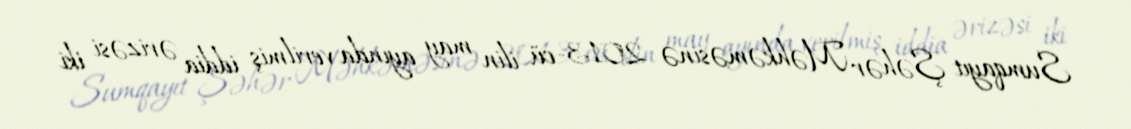
Sumqayıt Şəhər Məhkəməsinə 2013-cü ilin may ayında verilmiş iddia ərizəsi iki